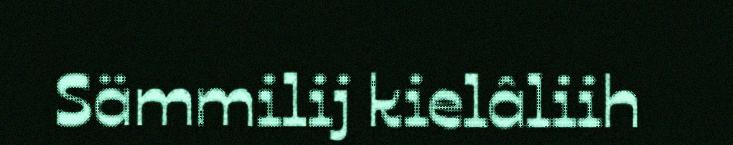
Sämmilij kielâliih